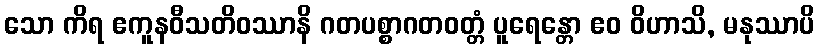
သော ကိရ ဧကူနဝီသတိဝဿာနိ ဂတပစ္စာဂတဝတ္တံ ပူရေန္တော ဧဝ ဝိဟာသိ, မနုဿာပိ